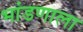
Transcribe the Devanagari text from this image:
भांडणाला